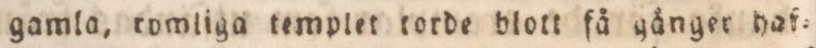
gamla, romliga templet torde blott få gånger haf=